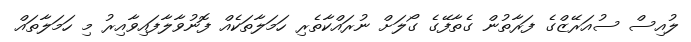
ލުއިސް ސުއަރޭޒްގެ ފަރާތުން ގެތާފޭގެ ގޯލަށް ނުރައްކާތެރި ހަމަލާތަކެއް ފޮނުވާލާފައިވާއިރު މި ހަމަލާތައް